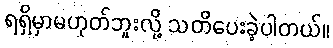
ရရှိမှာမဟုတ်ဘူးလို့ သတိပေးခဲ့ပါတယ်။